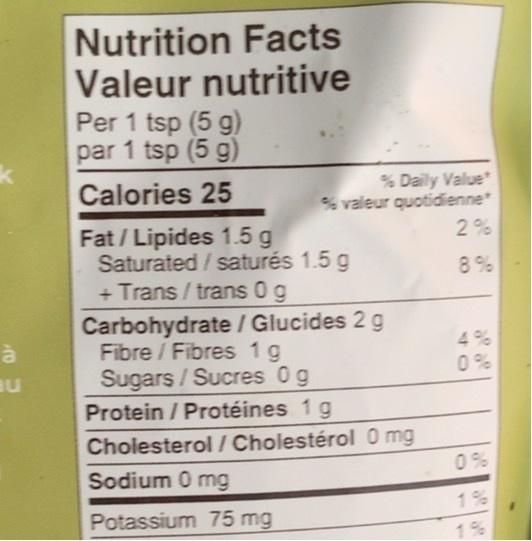
Nutrition Facts Valeur nutritive Per 1 tsp (5 g) par 1 tsp (5 g)
Calories 25
% Daily Value % valeur quotidienne
Fat / Lipides 1.5 g Saturated / saturés 1.5 g + Trans / trans 0 g
2%
8%
Carbohydrate / Glucides 2 g Fibre / Fibres 1g Sugars/Sucres 0g
4%
au
0%
Protein / Protéines 1 g
Cholesterol / Cholestérol 0 mg
Sodium 0 mg
0 %
1%
Potassium 75 mg
1%